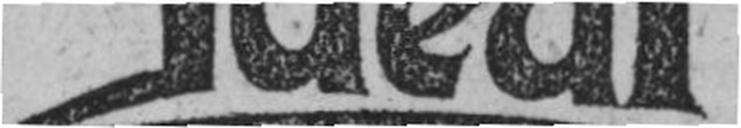
Ideal